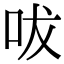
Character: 㕹